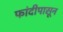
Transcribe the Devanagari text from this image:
फांदीपासून